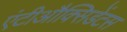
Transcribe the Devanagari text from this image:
एंटीऔक्सिडेंटस